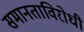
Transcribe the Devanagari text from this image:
समानताविरोधी